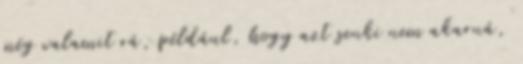
még valamit rá, például, hogy azt senki nem akarná,